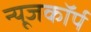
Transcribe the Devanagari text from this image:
न्यूजकॉर्प